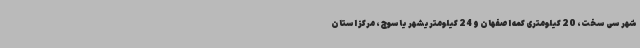
شهر سی سخت، 20 کیلومتری کمه اصفهان و 24 کیلومتریشهر یاسوج، مرکز استان